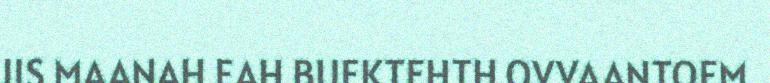
JIS MAANAH EAH BUEKTEHTH OVVAANTOEM